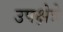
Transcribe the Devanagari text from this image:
उपक्षेत्रे